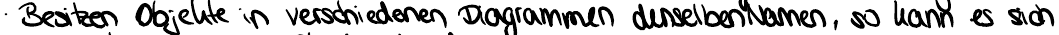
Besitzen Objekte in verschiedenen Diagrammen denselben Namen, so kann es sich